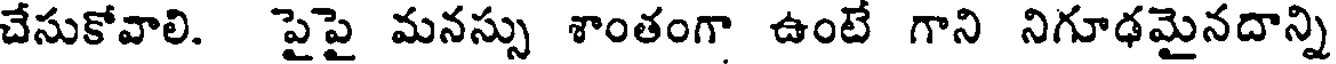
చేసుకోవాలి. పైపై మనస్సు శాంతంగా ఉంటే గాని నిగూఢమైనదాన్ని